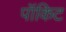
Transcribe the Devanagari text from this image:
पॉकिट